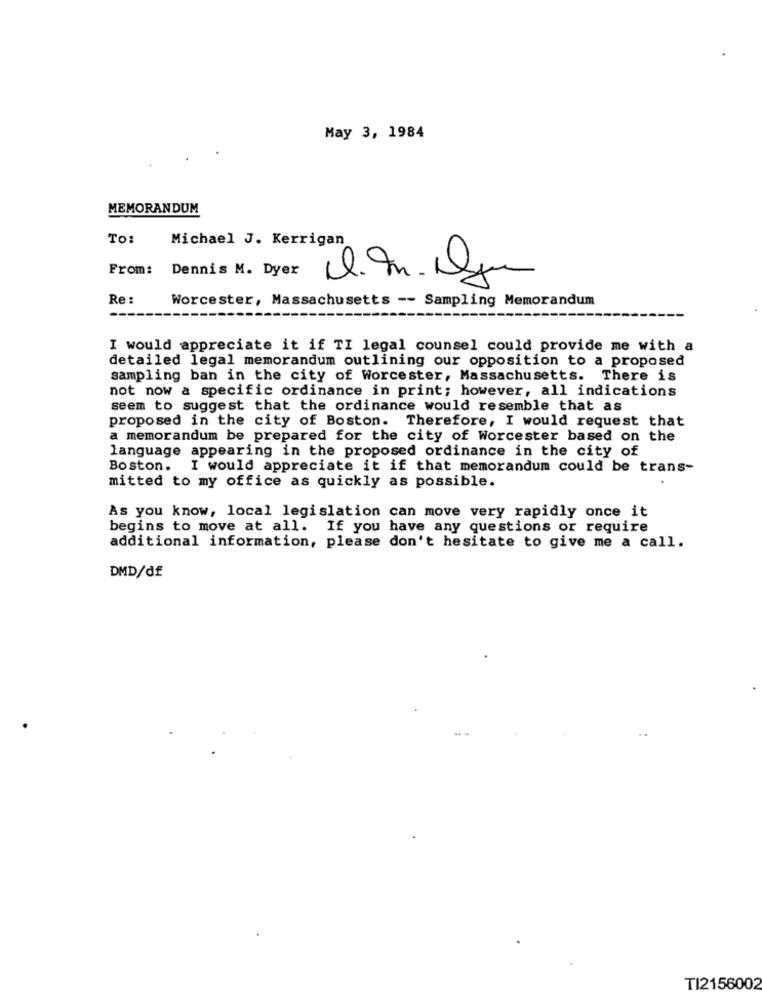
May 3, 1984
MEMORANDUM
TO:
Michael J. Kerrigan
From: Dennis M. Dyer
Re :
Worcester, Massachusetts -- Sampling Memorandum
I would appreciate it if TI legal counsel could provide me with a
detailed legal memorandum outlining our opposition to a proposed
sampling ban in the city of Worcester, Massachusetts. There is
not now a specific ordinance in print; however, all indications
seem to suggest that the ordinance would resemble that as
proposed in the city of Boston. Therefore, I would request that
a memorandum be prepared for the city of Worcester based on the
language appearing in the proposed ordinance in the city of
Boston. I would appreciate it if that memorandum could be trans-
mitted to my office as quickly as possible.
As you know, local legislation can move very rapidly once it
begins to move at all. If you have any questions or require
additional information, please don't hesitate to give me a call.
DMD/df
TI2156002